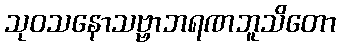
သုဝသနောသဗ္ဗာဘရဏဘူသိတော